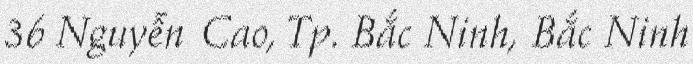
36 Nguyễn Cao, Tp. Bắc Ninh, Bắc Ninh